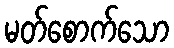
မတ်စောက်သော